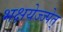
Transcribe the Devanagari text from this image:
भक्षयेज्ज्पेत्